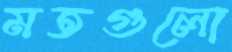
মতগুলো